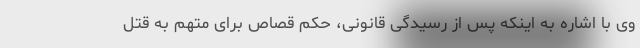
وی با اشاره به اینکه پس از رسیدگی قانونی، حکم قصاص برای متهم به قتل